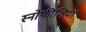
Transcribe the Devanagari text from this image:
स्नोफीलियां